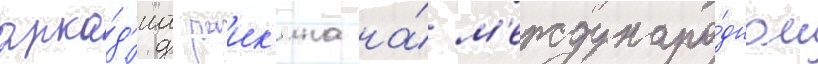
арка́д'иа раик'ина на́ м'еждунаро́дном